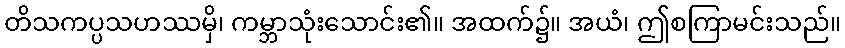
တိသကပ္ပသဟဿမှိ၊ ကမ္ဘာသုံးသောင်း၏။ အထက်၌။ အယံ၊ ဤစကြာမင်းသည်။